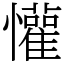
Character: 懽